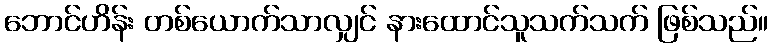
ဘောင်ဟိန်း တစ်ယောက်သာလျှင် နားထောင်သူသက်သက် ဖြစ်သည်။